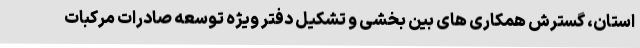
استان، گسترش همکاری های بین بخشی و تشکیل دفتر ویژه توسعه صادرات مرکبات